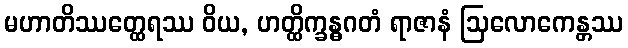
မဟာတိဿတ္ထေရဿ ဝိယ, ဟတ္ထိက္ခန္ဓဂတံ ရာဇာနံ ဩလောကေန္တဿ